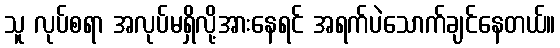
သူ လုပ်စရာ အလုပ်မရှိလို့အားနေရင် အရက်ပဲသောက်ချင်နေတယ်။